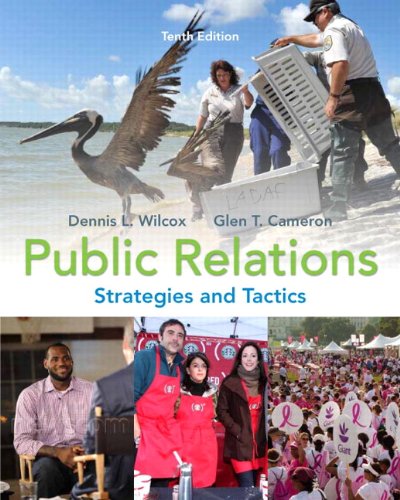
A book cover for Public Relations: Strategies and Tactics (10th Edition); Dennis L. Wilcox; Business & Money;